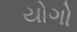
યોગો